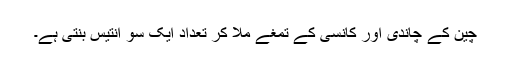
چین کے چاندی اور کانسی کے تمغے ملا کر تعداد ایک سو اُنتیس بنتی ہے۔